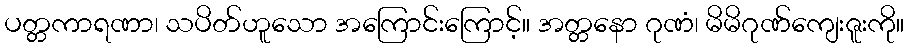
ပတ္တကာရဏာ၊ သပိတ်ဟူသော အကြောင်းကြောင့်။ အတ္တနော ဂုဏံ၊ မိမိဂုဏ်ကျေးဇူးကို။